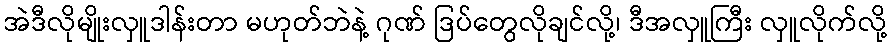
အဲဒီလိုမျိုးလှူဒါန်းတာ မဟုတ်ဘဲနဲ့ ဂုဏ် ဒြပ်တွေလိုချင်လို့၊ ဒီအလှူကြီး လှူလိုက်လို့